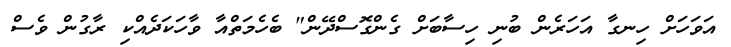
އަވަހަށް ހިނގާ އަހަރެން ބުނި ހިސާބަށް ގެންގޮސްދޭން" ބެހެމަތްއާ ވާހަކަދެއްކި ރާގުން ވެސް